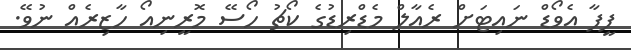
ފީފާ އެވޯޑް ނައިޓަށް ރެއާލް މެޑްރިޑުގެ ކޯޗު ހޯސޭ މޮރީނިއޯ ހާޒިރެއް ނުވޭ.